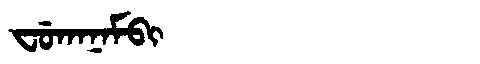
Manchu: ᠸᡠᡴᠠᠨᠠᠮᠪᡳ
Romanization: FUKANAMBI